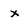
Character: x